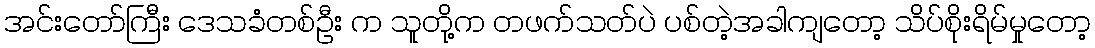
အင်းတော်ကြီး ဒေသခံတစ်ဦး က သူတို့က တဖက်သတ်ပဲ ပစ်တဲ့အခါကျတော့ သိပ်စိုးရိမ်မှုတော့